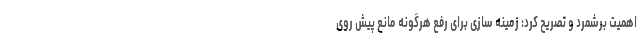
اهمیت برشمرد و تصریح کرد: زمینه سازی برای رفع هرگونه مانعِ پیشِ رویِ